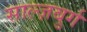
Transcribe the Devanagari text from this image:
साल्ज़बुर्ग